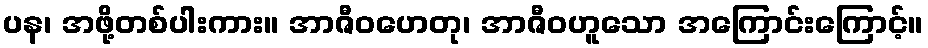
ပန၊ အဖို့တစ်ပါးကား။ အာဇီဝဟေတု၊ အာဇီဝဟူသော အကြောင်းကြောင့်။